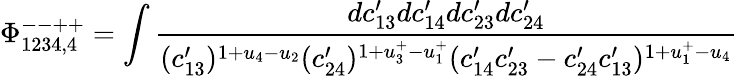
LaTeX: \Phi_{1234,4}^{--++}=\int\frac{dc_{13}^{\prime}dc_{14}^{\prime}dc_{23}^{\prime}dc_{24}^{\prime}}{(c_{13}^{\prime})^{1+u_{4}-u_{2}}(c_{24}^{\prime})^{1+u_{3}^{+}-u_{1}^{+}}(c_{14}^{\prime}c_{23}^{\prime}-c_{24}^{\prime}c_{13}^{\prime})^{1+u_{1}^{+}-u_{4}}}